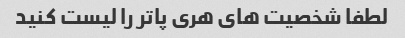
لطفا شخصیت های هری پاتر را لیست کنید